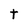
Character: t